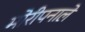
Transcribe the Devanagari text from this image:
मोरीपनाले